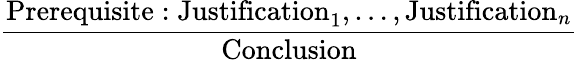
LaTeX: \frac{\mathrm{Prerequisite:Justification}_{1},\dots,\mathrm{Justification}_{n}}{\mathrm{Conclusion}}